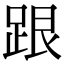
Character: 跟